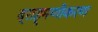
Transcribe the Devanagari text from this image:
ब्राह्मणीकरण